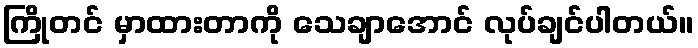
ကြိုတင် မှာထားတာကို သေချာအောင် လုပ်ချင်ပါတယ်။